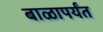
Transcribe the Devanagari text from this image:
बाळापर्यंत